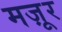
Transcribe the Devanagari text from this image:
मज़ूर